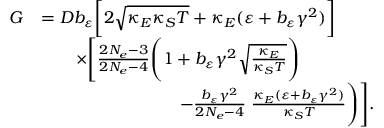
\begin{array} { r l } { G } & { = D b _ { \varepsilon } \bigg [ 2 \sqrt { \kappa _ { E } \kappa _ { S } T } + \kappa _ { E } ( \varepsilon + b _ { \varepsilon } \gamma ^ { 2 } ) \bigg ] } \\ & { \qquad \times \Bigg [ \frac { 2 N _ { e } - 3 } { 2 N _ { e } - 4 } \Bigg ( 1 + b _ { \varepsilon } \gamma ^ { 2 } \sqrt { \frac { \kappa _ { E } } { \kappa _ { S } T } } \Bigg ) } \\ & { \qquad \qquad \qquad \qquad - \frac { b _ { \varepsilon } \gamma ^ { 2 } } { 2 N _ { e } - 4 } \; \frac { \kappa _ { E } ( \varepsilon + b _ { \varepsilon } \gamma ^ { 2 } ) } { \kappa _ { S } T } \Bigg ) \Bigg ] . } \end{array}